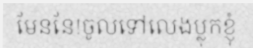
មែននែ!ចូលទៅលេងប្លុកខ្ញុំ